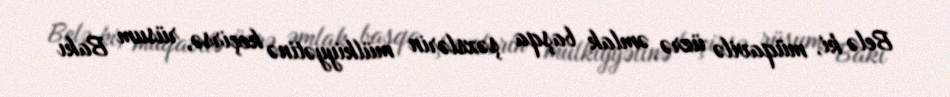
Belə ki, müqavilə üzrə əmlak başqa şəxslərin mülkiyyətinə keçirsə, rüsum Bakı